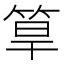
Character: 筸